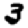
Digit: 3